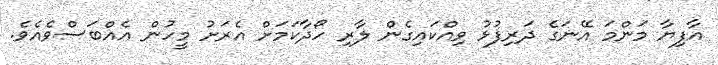
އާފިޔާ މަންމަ އޭނަގެ ދަރިފުޅު ވިއްކައިގެން ލާރި ހޯދާކަމަށް އެރަށު މީހުން އެއްބަސްވެއެވެ.